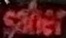
Saher